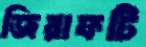
জিরাফটি